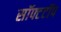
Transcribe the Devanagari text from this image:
सॉफ्टटॉप